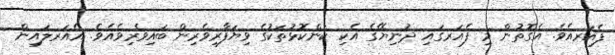
ފެއަރއެވެ. އެގޮތުން މި ފެއަރގައި ދުނިޔޭގެ އެކި ކަންކޮޅުތަކުގެ ވިޔަފާރިވެރިން ބައިވެރިވެއެވެ. އެއަރލައިން